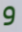
و